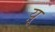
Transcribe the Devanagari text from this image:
य़ू